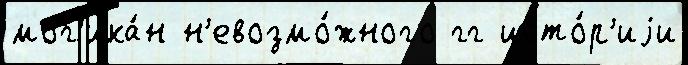
мог'ика́н н'евозмо́жного гг исто́р'иjи